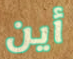
أين